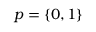
p = \{ 0 , 1 \}